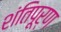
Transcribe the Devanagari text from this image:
शंतिपूर्ण